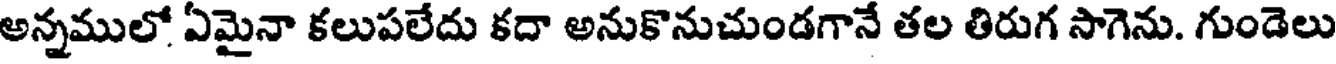
అన్నములో ఏమైనా కలుపలేదు కదా అనుకొనుచుండగానే తల తిరుగ సాగెను. గుండెలు